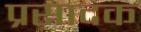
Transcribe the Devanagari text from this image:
प्रसादक